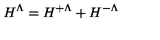
H ^ { \Lambda } = H ^ { + \Lambda } + H ^ { - \Lambda }